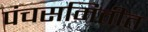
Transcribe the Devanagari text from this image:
पंचसमितीत